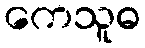
ကေသူဓ